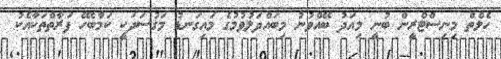
ހެލްތް މިނިސްޓްރީން ބުނީ މިއަދު ބޭއްވުނު މިބައްދަލުވުމުގެ މައިގަނޑު މަގުސަދަކީ ކަމާބެހޭ ފަރާތްތަކާއެކު